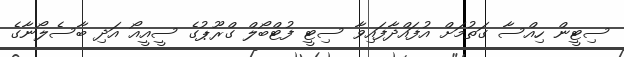
ސިޓީން ހިއްސާ ގަތުމަށް އުފައްދާފައިވާ ސިޓީ ފުޓްބޯލް ގްރޫޕުގެ ސީއީއޯ އަދި ބާސެލޯނާގެ